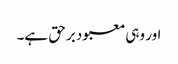
اور وہی معبود برحق ہے۔